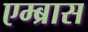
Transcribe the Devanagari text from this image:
एम्ब्रास